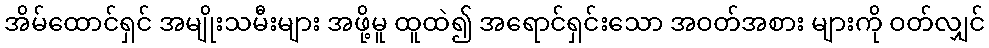
အိမ်ထောင်ရှင် အမျိုးသမီးများ အဖို့မူ ထူထဲ၍ အရောင်ရှင်းသော အဝတ်အစား များကို ဝတ်လျှင်